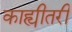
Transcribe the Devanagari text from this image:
काह्यीतरी